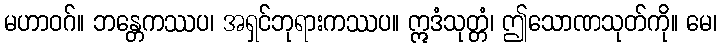
မဟာဝဂ်။ ဘန္တေကဿပ၊ အရှင်ဘုရားကဿပ။ ဣဒံသုတ္တံ၊ ဤသောဏသုတ်ကို။ မေ၊